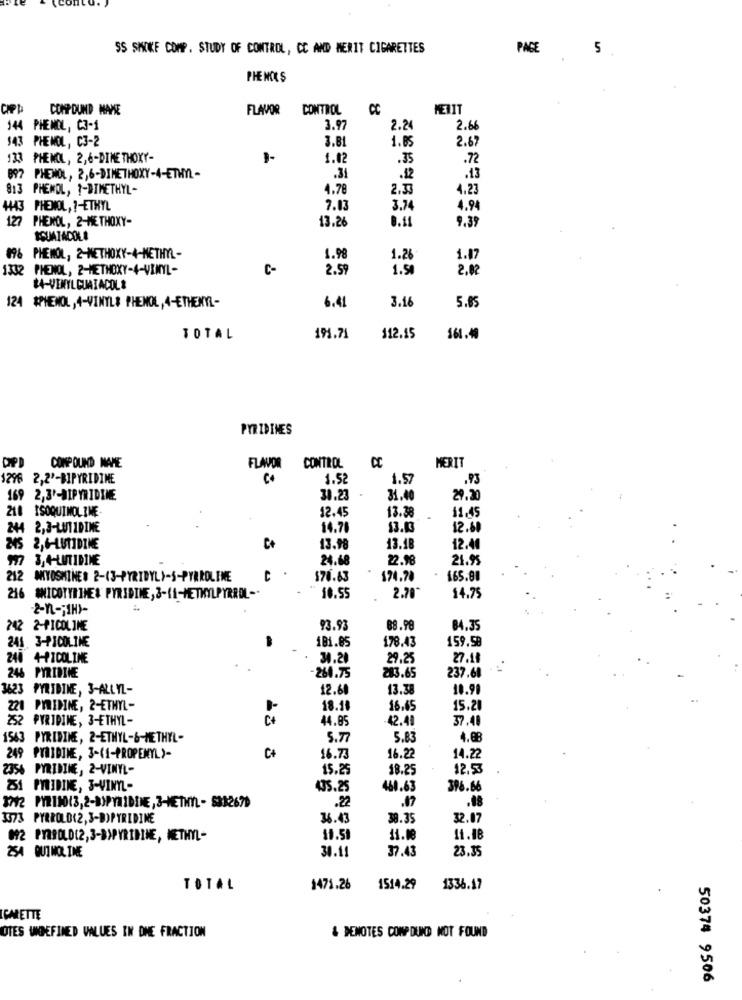
SS SMOKE COMP. STUDY OF CONTROL, CC AND MERIT CIGARETTES
PAGE
5.
PHENOLS
DIPP
COMPOUND MAPE
FLAVOR
CONTROL
CC
METIT
144 PHENOL, C3-1
3.97
2.24
2.66
143 PHENOL, C3-2
3.81
1.85
2.67
133 PHENOL, 2,6-DIME THOXY-
1.0
.35
.72
897 PHENOL, 2,6-DIMETHOXY-4-ETHYL -
.31
.12
.13
3 PHENOL, ?- DIMETHYL-
4.78
2.3
4.23
1443 PHENOL, ?- ETHYL
7.03
3.74
4.94
127
PHENOL, 2-METHOXY-
13.26
9.39
0.11
SQUATACOLE
PHENOL, 2-METHOXY-4-METHYL-
1.98
1.26
1.47
1332 PHENOL, 2-METHOXY-4-VINYL-
C-
2.59
1.50
2,02
$4-VINYLGUAIACOL&
124 $PHENOL ,4-VINYL# PHENOL,4-ETHENYL-
6.41
3.16
5.85
TOTAL
191.71
$12.15
161.40
PYRIDINES
CC
DPD
COMPOUND MAHE
FLAVOR
CONTROL
MERIT
1296 2,2'-BIPYRIDINE
1.52
1.57
.93
169 2,3'-DIPYRIDINE
30.23
31.40
29.30
218 ISOQUIMOLIME-
12.45
13.38
11.45
244 2,3-LUIIDINE
14.78
12.60
245 2,6-LUTIDIME
C+
13.98
13.18
12.40
977 3,4-LUTIDINE
24.68
22.98
21.95
212 MKIYOSHINE# 2-(3-PYRIDYL)-S-PYRROLINE
C .
$76.63
174.78
165.81
216 #MICOTYRIME& PYRIDINE, 3-(1-METHYLPYRROL-
10.55
2.70*
14.75
-2-n -; IHY-
742 2-PICOLIME
93.93
88.98
84.35
181.85
178.43
159.98
241 3-PICOLINE
240 4-PICOLIME
34.21
29.25
27.18
264.75
283.65
246 PYRIDINE
237.68
3623 PYRIDINE, 3-ALLYL-
12.60
13.38
10.90
221
PIRIDNE, 2-ETHYL-
18.11
16.45
15.20
252
PYRIDINE, 3-ETHYL-
C+
44.85
42.41
37.40
1543 PYRIDINE, 2-ETHYL-&-METHYL-
5.77
5.83
4.88
249 PYRIDINE, 3-(1-PROPEMYL)-
C+
16.73
16.22
14.22
2356 PYRIDINE, 2-VINYL-
15.29
18.25
12.53
251 PYRIDINE, 3-VINYL-
435.25
460.63
396.66
.22
.17
.18
3373 PYRROLD(2, 3-B)PYRIDINE
36.43
38.35
32.07
892 PYRSOLD(2,3-B)PYRIDINE, METHYL-
11.51
11.08
11.48
30.11
37.43
23.35
254 QUI MOL INE
TOTAL
1471.26
1514.29
1336.17
CARETTE
OTES UNDEFINED VALUES IN DNE FRACTION
& DENOTES CONP DUND NOT FOUND
50374 9506